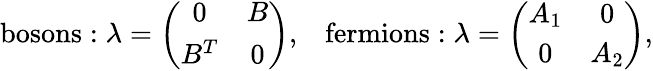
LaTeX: \mathrm{bosons:}\; \lambda=\left(\begin{array}{cc}{{0}}&{{B}}\\ {{B^{T}}}&{{0}}\end{array}\right),\; \; \; \mathrm{fermions:}\; \lambda=\left(\begin{array}{cc}{{A_{1}}}&{{0}}\\ {{0}}&{{A_{2}}}\end{array}\right),